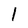
Character: 1